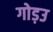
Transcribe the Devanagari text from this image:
गोड़उ